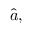
{ \hat { a } } ,